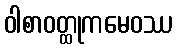
ဝါစာဝတ္ထုကမေဝဿ